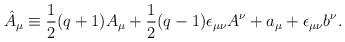
LaTeX: \begin{align*}\hat{A}_{\mu} \equiv \frac {1}{2}(q+1)A_{\mu}+\frac {1}{2}(q-1)\epsilon_{\mu \nu}A^{\nu}+a_{\mu}+\epsilon_{\mu \nu} b^{\nu}.\end{align*}